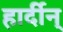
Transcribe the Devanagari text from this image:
हार्दीन्